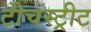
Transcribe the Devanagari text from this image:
टीचस्ट्रीट